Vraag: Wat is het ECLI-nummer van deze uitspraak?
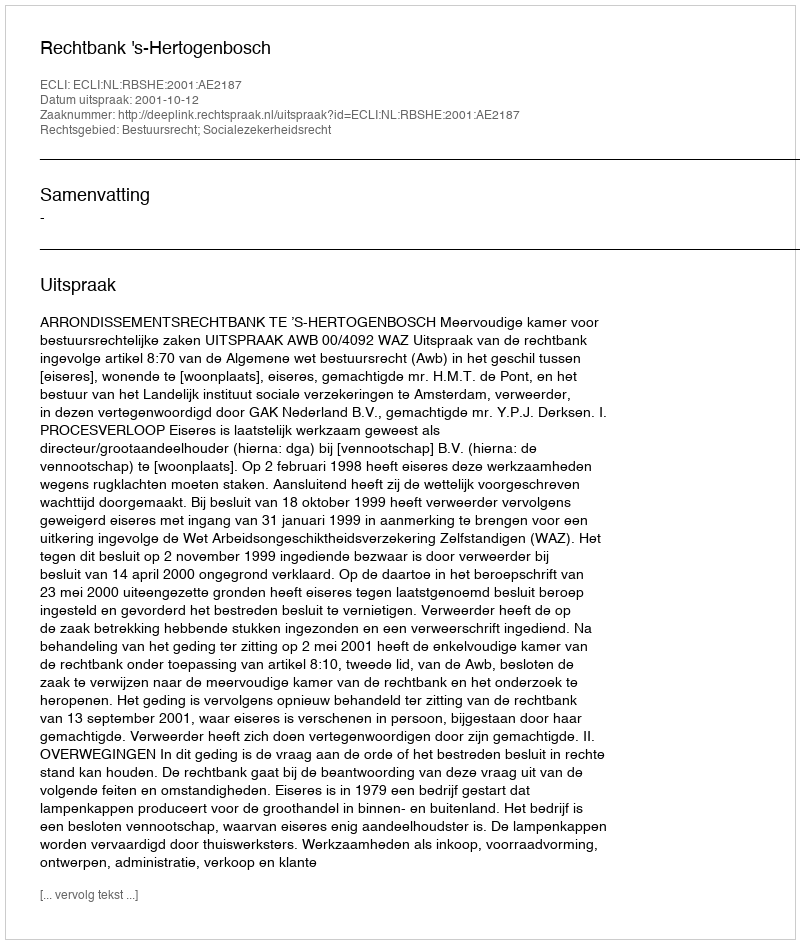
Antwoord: ECLI:NL:RBSHE:2001:AE2187